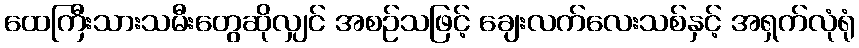
ထေကြီးသားသမီးတွေဆိုလျှင် အစဉ်သဖြင့် ချေးလက်လေးသစ်နှင့် အရှက်လုံရုံ